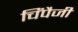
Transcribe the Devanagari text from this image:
चिंपैजी